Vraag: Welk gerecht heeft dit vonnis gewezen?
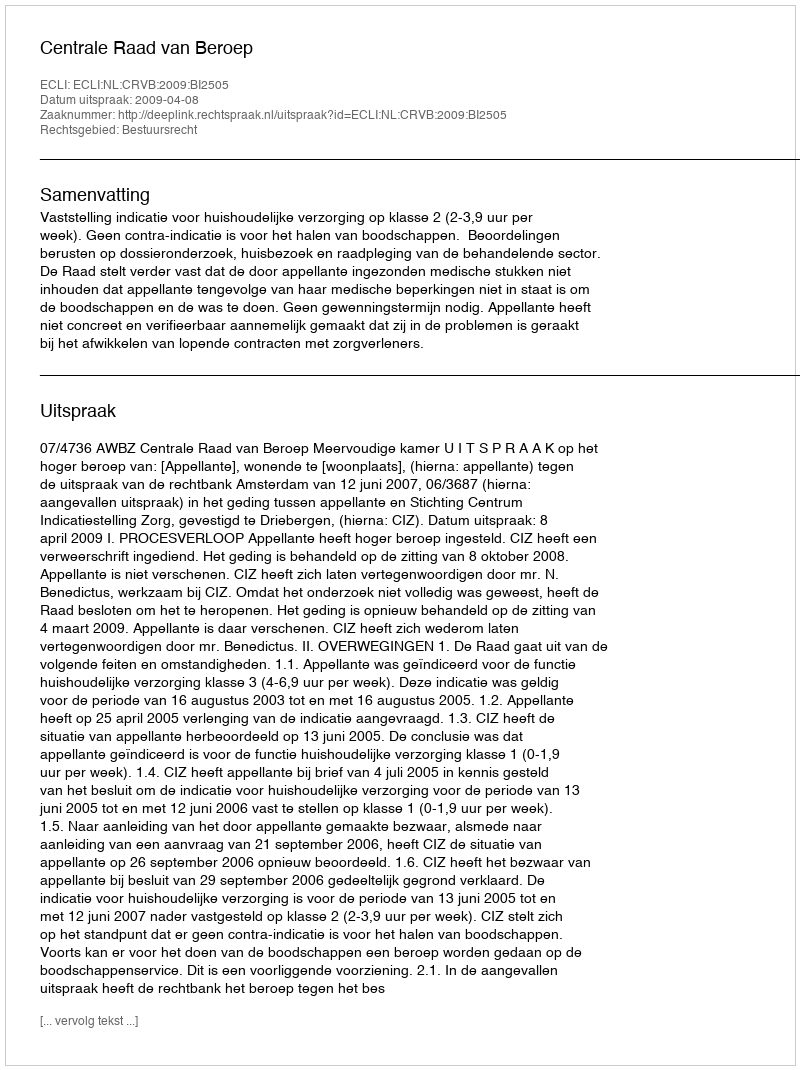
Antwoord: Centrale Raad van Beroep